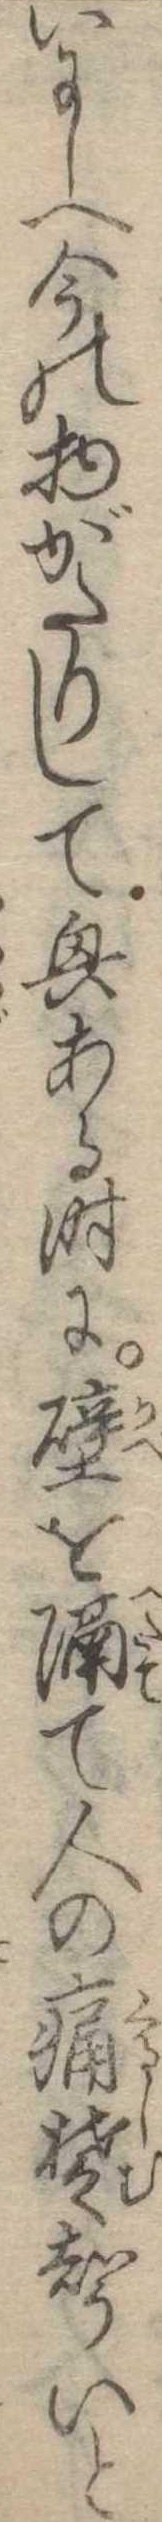
いにしへ今の物がたりして興ある時に壁を隔て人の痛楚声いと